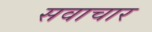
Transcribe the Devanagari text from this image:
सवाचार